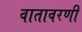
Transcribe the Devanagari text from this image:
वातावरणी